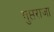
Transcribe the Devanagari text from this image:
गुप्तराजा